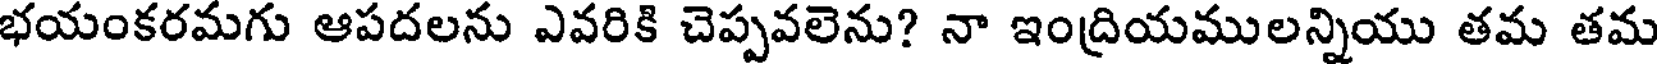
భయంకరమగు ఆపదలను ఎవరికి చెప్పవలెను? నా ఇంద్రియములన్నియు తమ తమ